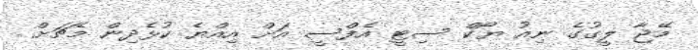
މޭޖާ ލީގުގެ ނިއު ޔޯކް ސިޓީ އެފްސީ އަށް އިއްޔެ ކުޅެދިން މެޗަށް